Annual administration report of the Civil Veterinary Department, Ajmere-Merwara, British Rajputana - 1914-1940
Year: 1914
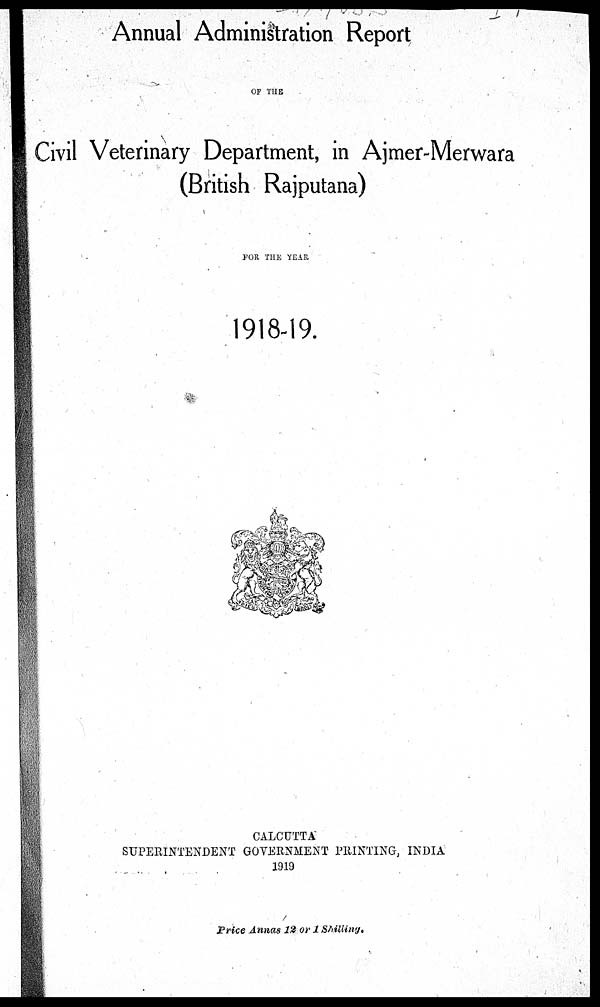
Annual Administration Report
OF THE
Civil Veterinary Department, in Ajmer-Merwara
(British Rajputana)
FOR THE YEAR
1918-19.
CALCUTTA
SUPERINTENDENT GOVERNMENT PRINTING, INDIA
1919
Price Annas 12 or 1 Shilling.